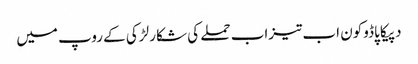
دپیکا پاڈوکون اب تیزاب حملے کی شکار لڑکی کے روپ میں